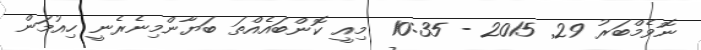
ނޮވެމްބަރު 29